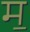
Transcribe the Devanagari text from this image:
म॒